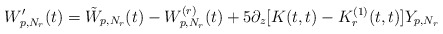
\begin{align*}W_{p,N_r}'(t)=\tilde W_{p,N_r}(t)-W_{p,N_r}^{(r)}(t)+ 5\partial_z[K(t,t)-K_r^{(1)}(t,t)]Y_{p,N_r}\end{align*}